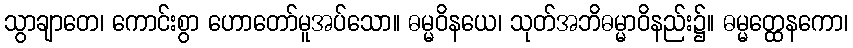
သွာချာတေ၊ ကောင်းစွာ ဟောတော်မူအပ်သော။ ဓမ္မဝိနယေ၊ သုတ်အဘိဓမ္မာဝိနည်း၌။ ဓမ္မတ္ထေနကော၊